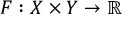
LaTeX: F : X \times Y \rightarrow \mathbb { R }